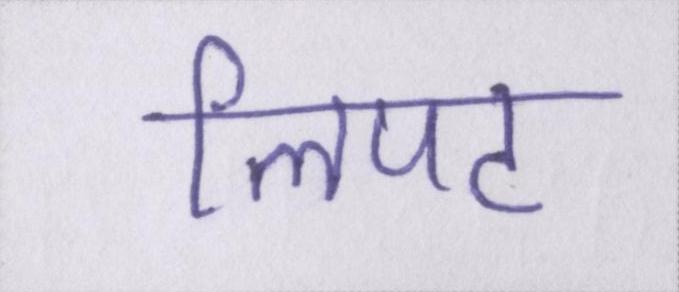
लिपट